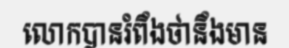
លោកបានរំពឹងថានឹងមាន